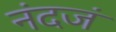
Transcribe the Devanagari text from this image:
नंदजं